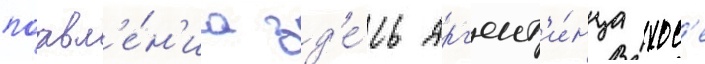
поавл'е́н'иа зд'е́сь арг'ент'и́нца хос'е